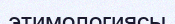
этимологиясы